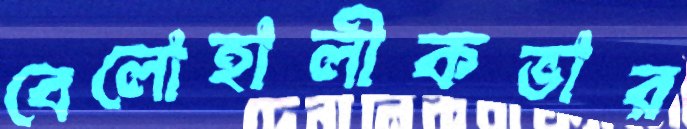
বেলোহালীকভার